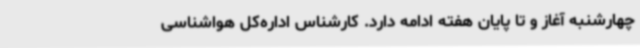
چهارشنبه آغاز و تا پایان هفته ادامه دارد. کارشناس اداره‌کل هواشناسی